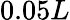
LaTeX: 0.05L